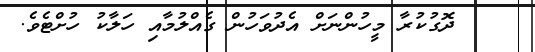
١٥    ދޮގުކުރާ މީހުންނަށް އެދުވަހުން ގެއްލުމާއި ހަލާކު ހުށްޓެވެ.